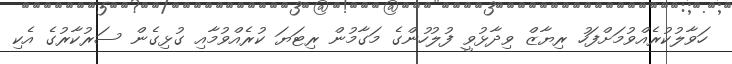
ހަވާލުކުރެއްވުމަށްފަހު ރިޔާޒް ވިދާޅުވީ ފުލުހުންގެ މަގާމުން ރިޓަޔަ ކުރެއްވުމާއި ގުޅިގެން ސަރުކާރުގެ އެކި